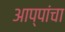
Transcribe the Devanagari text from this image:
आप्पांचा